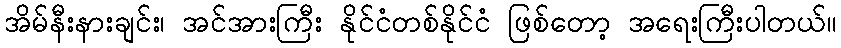
အိမ်နီးနားချင်း၊ အင်အားကြီး နိုင်ငံတစ်နိုင်ငံ ဖြစ်တော့ အရေးကြီးပါတယ်။